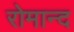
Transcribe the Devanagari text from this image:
रोमान्द